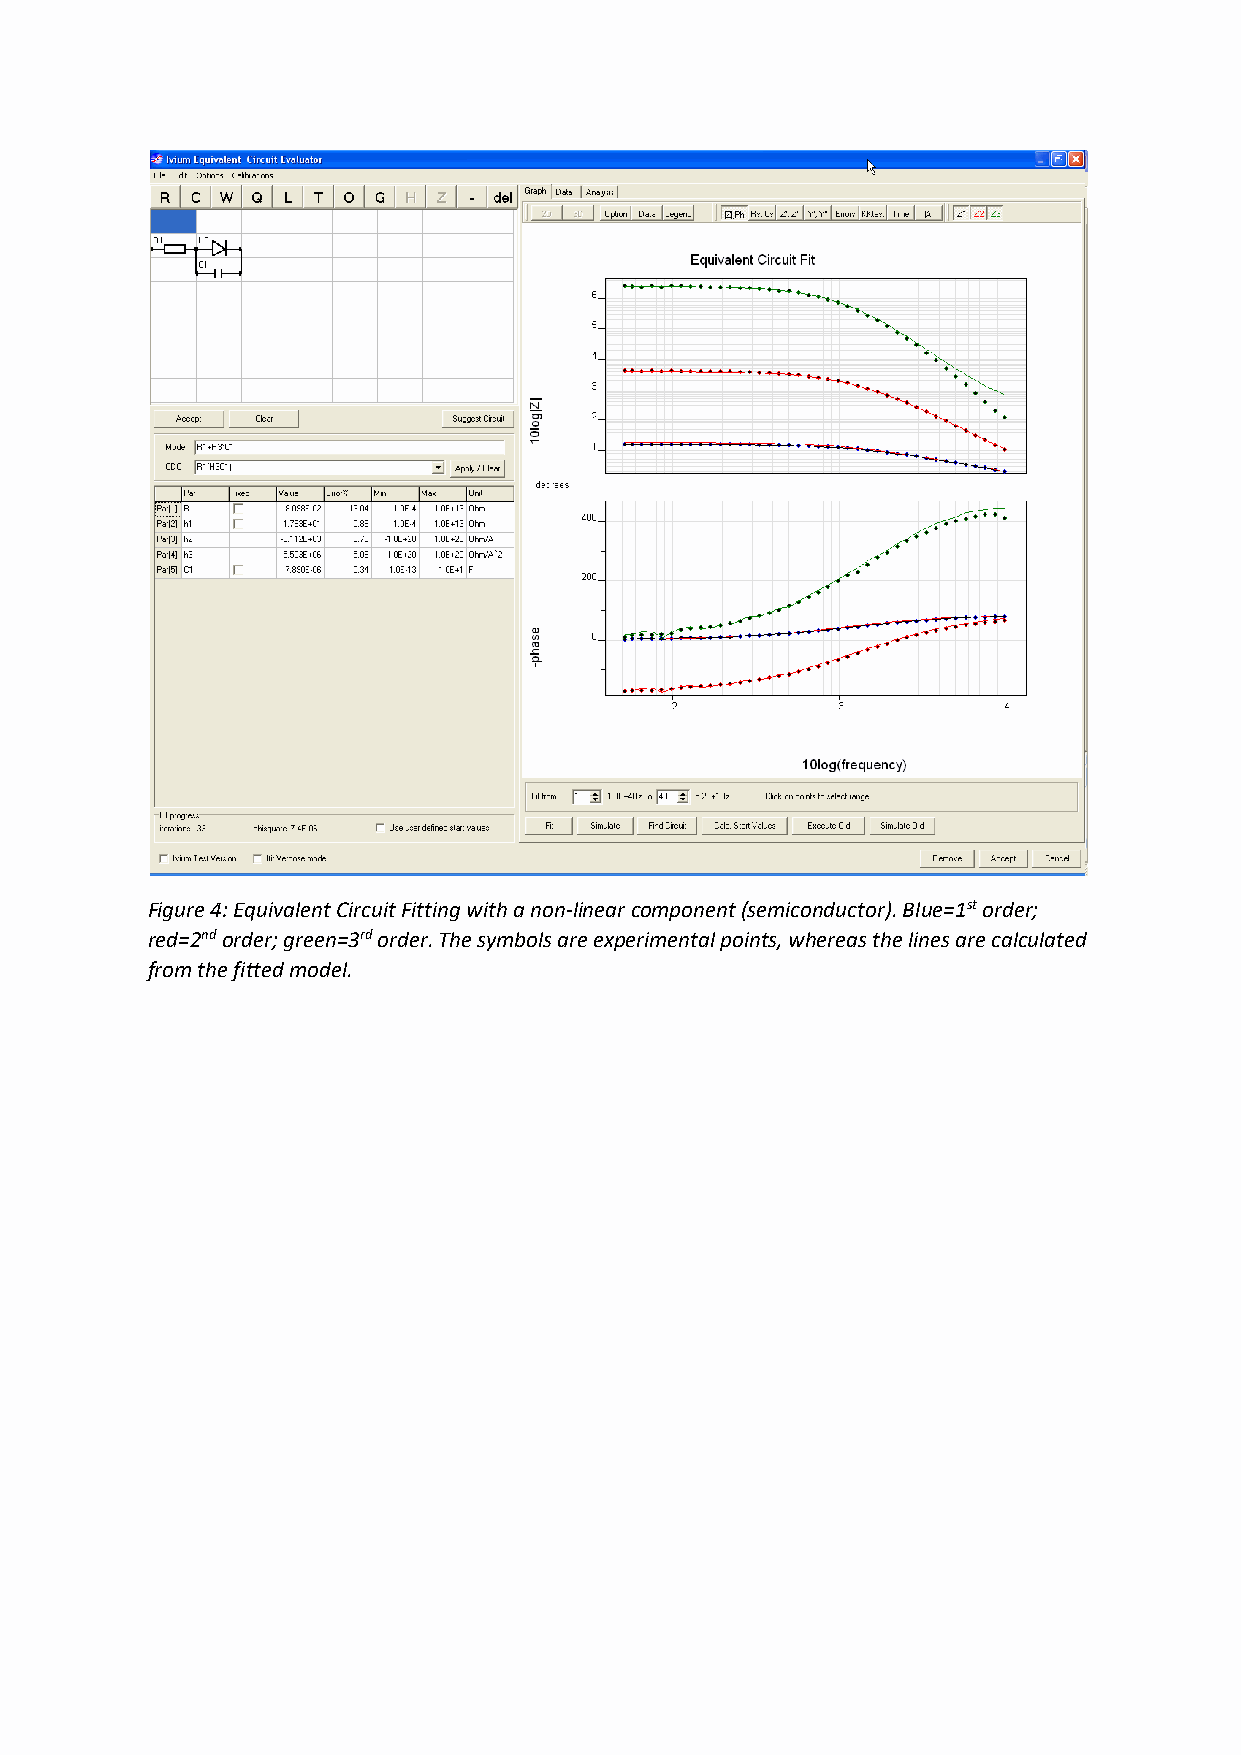
Figure 4: Equivalent Circuit Fitting with a non-linear component (semiconductor). Blue=1st order;
 red=2nd order; green=3rd order. The symbols are experimental points, whereas the lines are calculated
 from the fitted model.